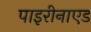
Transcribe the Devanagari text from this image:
पाइरीनाएड